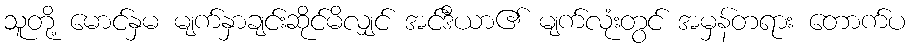
သူတို့ မောင်နှမ မျက်နှာချင်းဆိုင်မိလျှင် အင်ဒီယာ၏ မျက်လုံးတွင် အမှန်တရား တောက်ပ